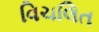
વિચલિત